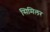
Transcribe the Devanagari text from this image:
सिमिलर